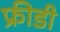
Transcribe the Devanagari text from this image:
फ्रीडी